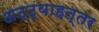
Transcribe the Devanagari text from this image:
अठ्ठ्याहत्तर